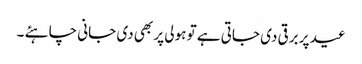
عید پر برقی دی جاتی ہے تو ہولی پر بھی دی جانی چاہئے ۔